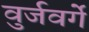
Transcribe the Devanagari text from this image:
वुर्जवर्गे